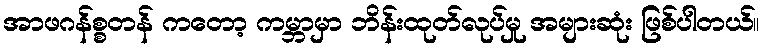
အာဖဂန်စ္စတန် ကတော့ ကမ္ဘာမှာ ဘိန်းထုတ်လုပ်မှု အများဆုံး ဖြစ်ပါတယ်။